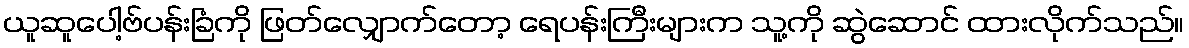
ယူဆူပေါ့ဗ်ပန်းခြံကို ဖြတ်လျှောက်တော့ ရေပန်းကြီးများက သူ့ကို ဆွဲဆောင် ထားလိုက်သည်။